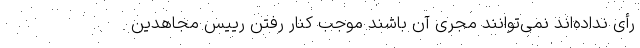
رأی نداده‌اند نمی‌توانند مجری آن باشند موجب کنار رفتن رییس مجاهدین